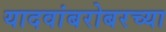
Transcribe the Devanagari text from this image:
यादवांबरोबरच्या